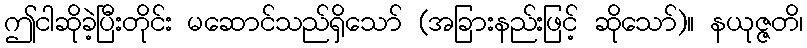
ဤငါဆိုခဲ့ပြီးတိုင်း မဆောင်သည်ရှိသော် (အခြားနည်းဖြင့် ဆိုသော်)။ နယုဇ္ဇတိ၊